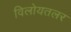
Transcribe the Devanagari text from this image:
विलोयतलर